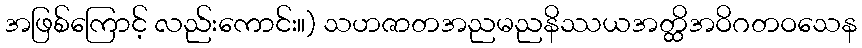
အဖြစ်ကြောင့် လည်းကောင်း။) သဟဇာတအညမညနိဿယအတ္ထိအဝိဂတဝသေန